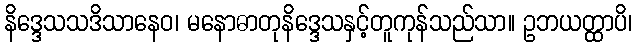
နိဒ္ဒေသသဒိသာနေဝ၊ မနောဓာတုနိဒ္ဒေသနှင့်တူကုန်သည်သာ။ ဥဘယတ္ထာပိ၊